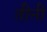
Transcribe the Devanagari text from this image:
तीनी